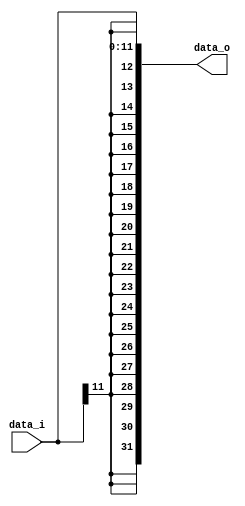
module Sign_Extend(data_i,data_o);
input[11:0]data_i;
output[31:0]data_o;
assign data_o={{21{data_i[11]}},{data_i[10:0]}};
endmodule